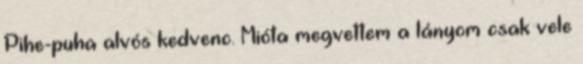
Pihe-puha alvós kedvenc. Mióta megvettem a lányom csak vele